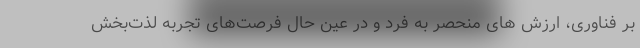
بر فناوری، ارزش ­های منحصر به فرد و در عین حال فرصت­های تجربه لذت­بخش